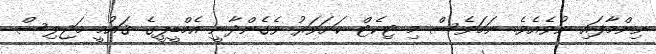
ނިންމާފައި ނުވެއެވެ. ނަމަވެސް މި ޓިކެޓް ކަށަވަރު ވެގެންދާނީ އެމްޑީޕީގެ ޤައުމީ މަޖިލިސް